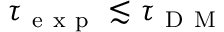
\tau _ { \mathrm { ~ e ~ x ~ p ~ } } \lesssim \tau _ { \mathrm { ~ D ~ M ~ } }